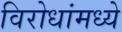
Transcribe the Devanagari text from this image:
विरोधांमध्ये